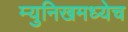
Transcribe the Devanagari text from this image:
म्युनिखमध्येच